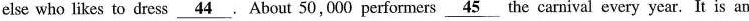
else who likes to dress \underline{44} . About 50,000 performers \underline{45} the carnival every year. It is an